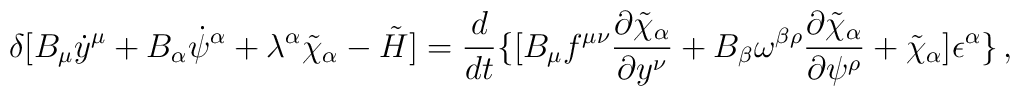
\delta[B_\mu \dot y^\mu+B_\alpha\dot\psi^\alpha+\lambda^\alpha\tilde\chi_\alpha-\tilde H]={d\over{dt}}\{[B_\mu f^{\mu\nu}{{\partial\tilde\chi_\alpha}\over{\partial y^\nu}}+B_\beta \omega^{\beta\rho}{{\partial\tilde\chi_\alpha}\over{\partial \psi^\rho}}+\tilde\chi_\alpha]\epsilon^\alpha\}\,,